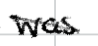
Text: was
Cross-out: diagonal
Writing tool: digital_black